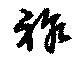
祚